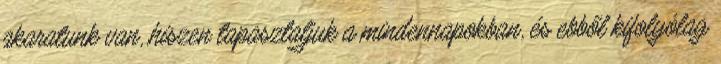
akaratunk van, hiszen tapasztaljuk a mindennapokban, és ebből kifolyólag